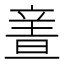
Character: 𲅅